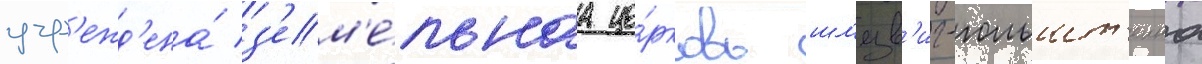
учр'ежд'ена́ з'ем'е́льнаа це́рковь шл'езв'иг-гольшт'еина